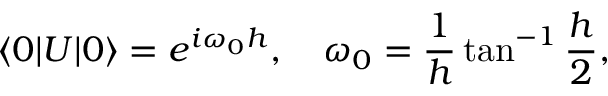
\langle 0 | U | 0 \rangle = e ^ { i \omega _ { 0 } h } , \quad \omega _ { 0 } = { \frac { 1 } { h } } \tan ^ { - 1 } { \frac { h } { 2 } } ,